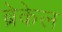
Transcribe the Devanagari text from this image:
ब्रेकेल